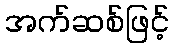
အက်ဆစ်ဖြင့်